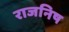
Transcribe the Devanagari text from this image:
राजनिष